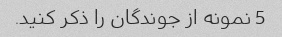
5 نمونه از جوندگان را ذکر کنید.